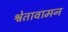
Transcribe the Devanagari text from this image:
श्वेतावामन